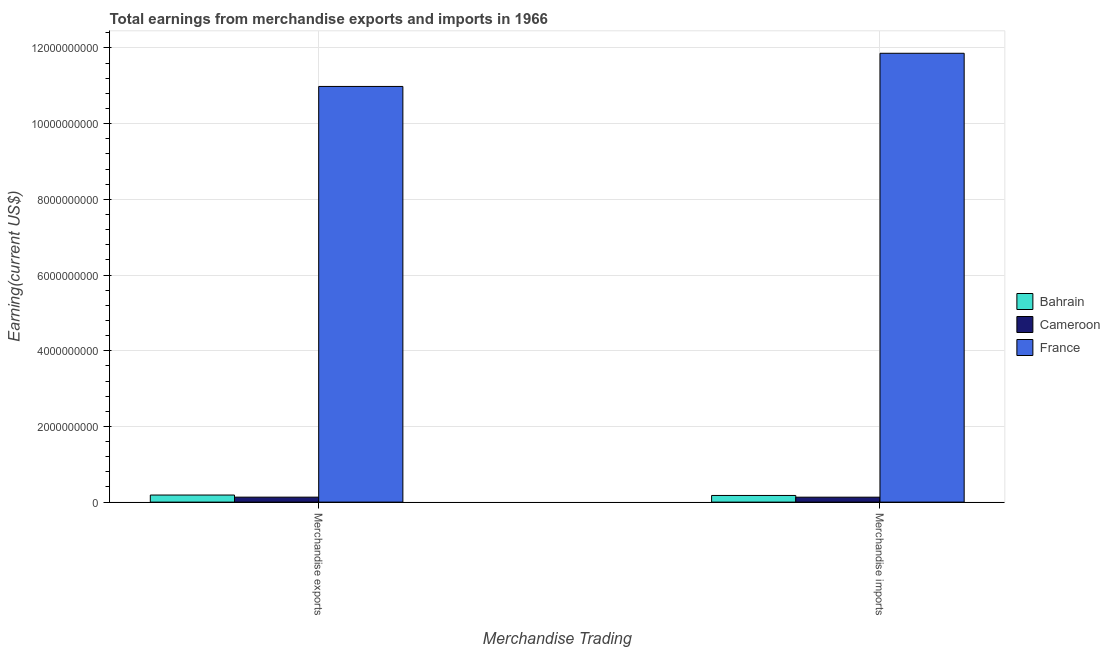
| Merchandise Trading | Bahrain | Cameroon | France |
 | --- | --- | --- | --- |
 | Merchandise exports | 1.87e+08 | 1.31e+08 | 1.1e+10 |
 | Merchandise imports | 1.76e+08 | 1.31e+08 | 1.19e+10 |